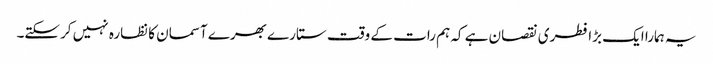
یہ ہمارا ایک بڑا فطری نقصان ہے کہ ہم رات کے وقت ستارے بھرے آسمان کا نظارہ نہیں کرسکتے۔